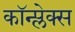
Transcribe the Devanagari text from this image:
कॉन्प्लेक्स